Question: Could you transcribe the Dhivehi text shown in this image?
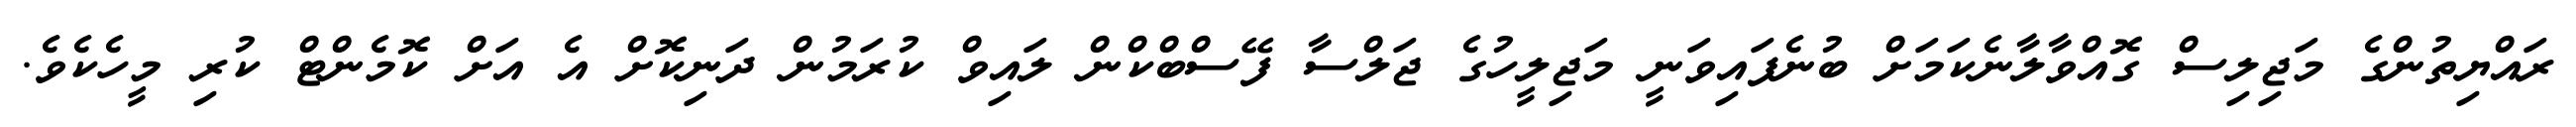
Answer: ރައްޔިތުންގެ މަޖިލިސް ގޮއްވާލާނެކަމަށް ބުނެފައިވަނީ މަޖިލީހުގެ ޖަލްސާ ފޭސްބްކްން ލައިވް ކުރަމުން ދަނިކޮށް އެ އަށް ކޮމެންޓް ކުރި މީހެކެވެ.